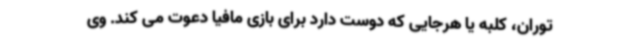
توران، کلبه یا هرجایی که دوست دارد برای بازی مافیا دعوت می کند. وی